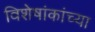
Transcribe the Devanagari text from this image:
विशेषांकांच्या